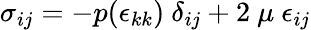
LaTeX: \sigma_{ij}=-p(\epsilon_{kk})~\delta_{ij}+2~\mu~\epsilon_{ij}